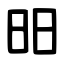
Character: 昍